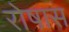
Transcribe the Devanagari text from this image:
रोषास